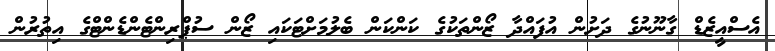
އެސްއީޒެޑް ގާނޫނުގެ ދަށުން އުފައްދާ ޒޯންތަކުގެ ކަންކަން ބެލުމަށްޓަކައި ޒޯން ސުޕްރިންޓެންޑެންޓްގެ އިތުރުން